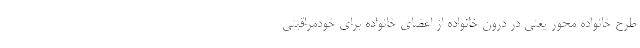
طرح خانواده محور یعنی در درون خانواده از اعضای خانواده برای خودمراقبتی